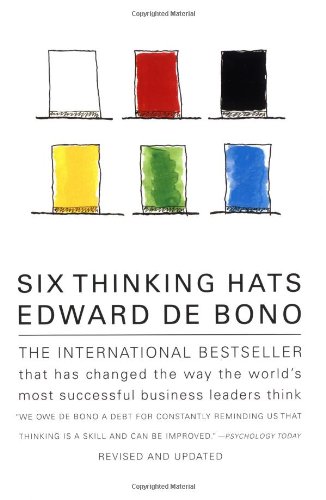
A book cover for Six Thinking Hats; Edward de Bono; Self-Help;